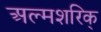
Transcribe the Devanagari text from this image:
अल्मशरिक्